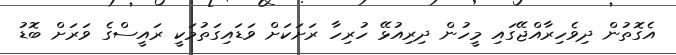
އެގޮތުން ދިވެހިރާއްޖޭގައި މީހުން ދިރިއުޅޭ ހުރިހާ ރަށަކަށް ވަޑައިގަތުމަކީ ރައީސްގެ ވަރަށް ބޮޑު